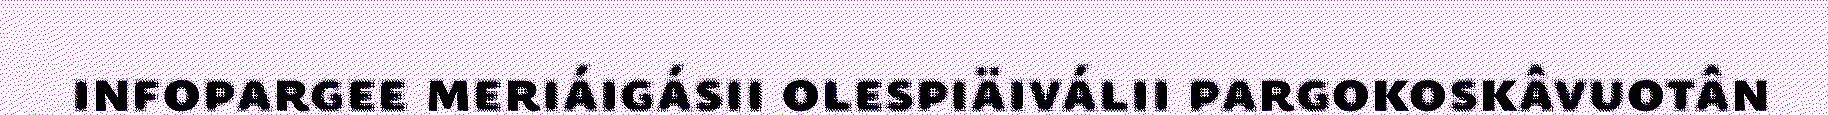
infopargee meriáigásii olespiäiválii pargokoskâvuotân